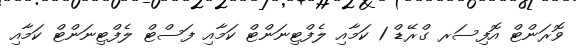
ވޮރަންޓް އޮފިސަރ ގްރޭޑް 1 ކަމާއި ލެފްޓިނަންޓް ކަމާއި ފަސްޓް ލެފްޓިނަންޓް ކަމާއި